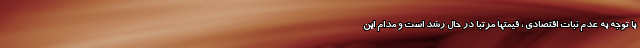
با توجه به عدم ثبات اقتصادی ، قیمتها مرتبا در حال رشد است و مدام این